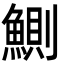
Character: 鰂